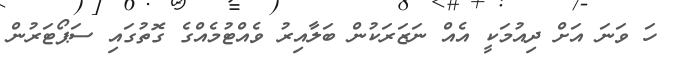
ހަ ވަނަ އަށް ދިއުމަކީ އެއް ނަޒަރަކުން ބަލާއިރު ވެއްޓުމެއްގެ ގޮތުގައި ސަޕޯޓަރުން